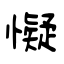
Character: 懝